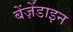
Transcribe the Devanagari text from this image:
बेंज़ेंडाइन